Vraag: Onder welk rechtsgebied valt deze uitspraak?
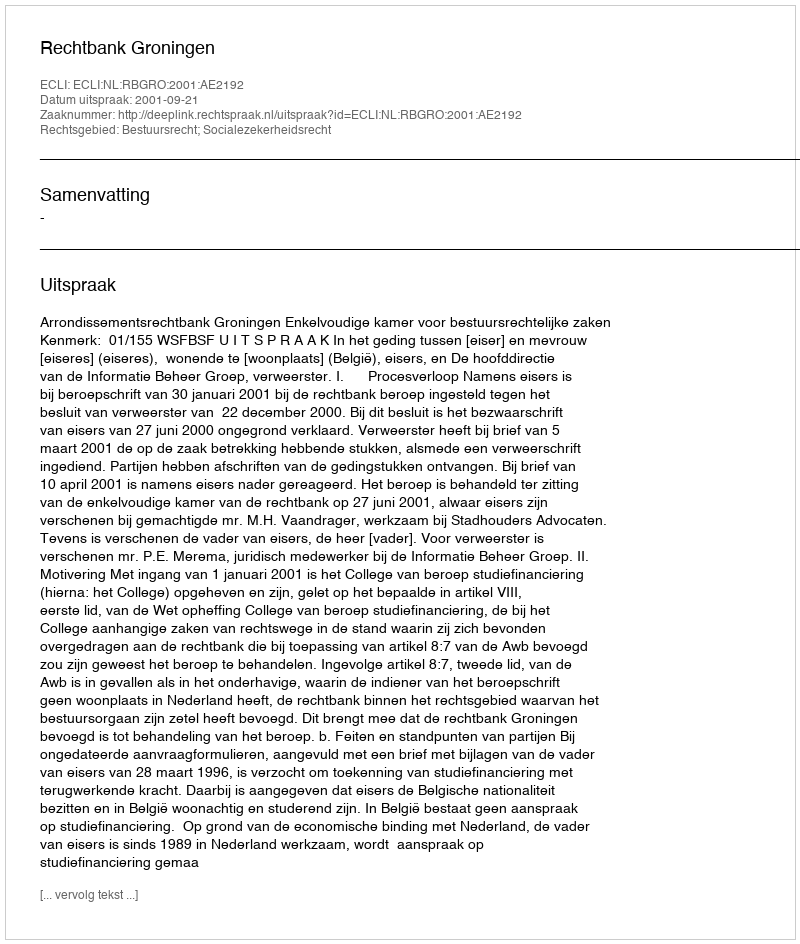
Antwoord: Bestuursrecht; Socialezekerheidsrecht